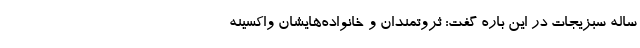
ساله سبزیجات در این باره گفت: ثروتمندان و خانواده‌هایشان واکسینه